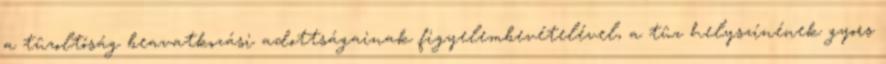
a tûzoltóság beavatkozási adottságainak figyelembevételével, a tûz helyszínének gyors